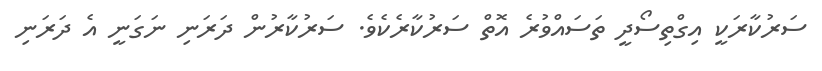
ސަރުކާރަކީ އިގްތިސޯދީ ތަސައްވުރެ އޮތް ސަރުކާރެކެވެ. ސަރުކާރުން ދަރަނި ނަގަނީ އެ ދަރަނި